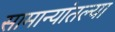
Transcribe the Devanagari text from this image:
सामान्यांतल्या